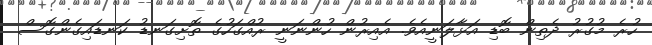
ހުރެ މުގުރު ދެތިން ބޮޑި އަޅާލަނީއެވެ. އެއިރުން ހުންނަނީ ރުއްގަހުގެ ތޮށިގަނޑު ކަނޑައިގެންގޮސް